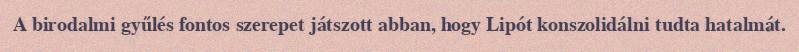
A birodalmi gyűlés fontos szerepet játszott abban, hogy Lipót konszolidálni tudta hatalmát.